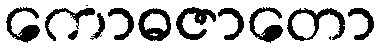
ကောဓဇာတော